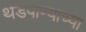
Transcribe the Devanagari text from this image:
थंडपाण्याच्या